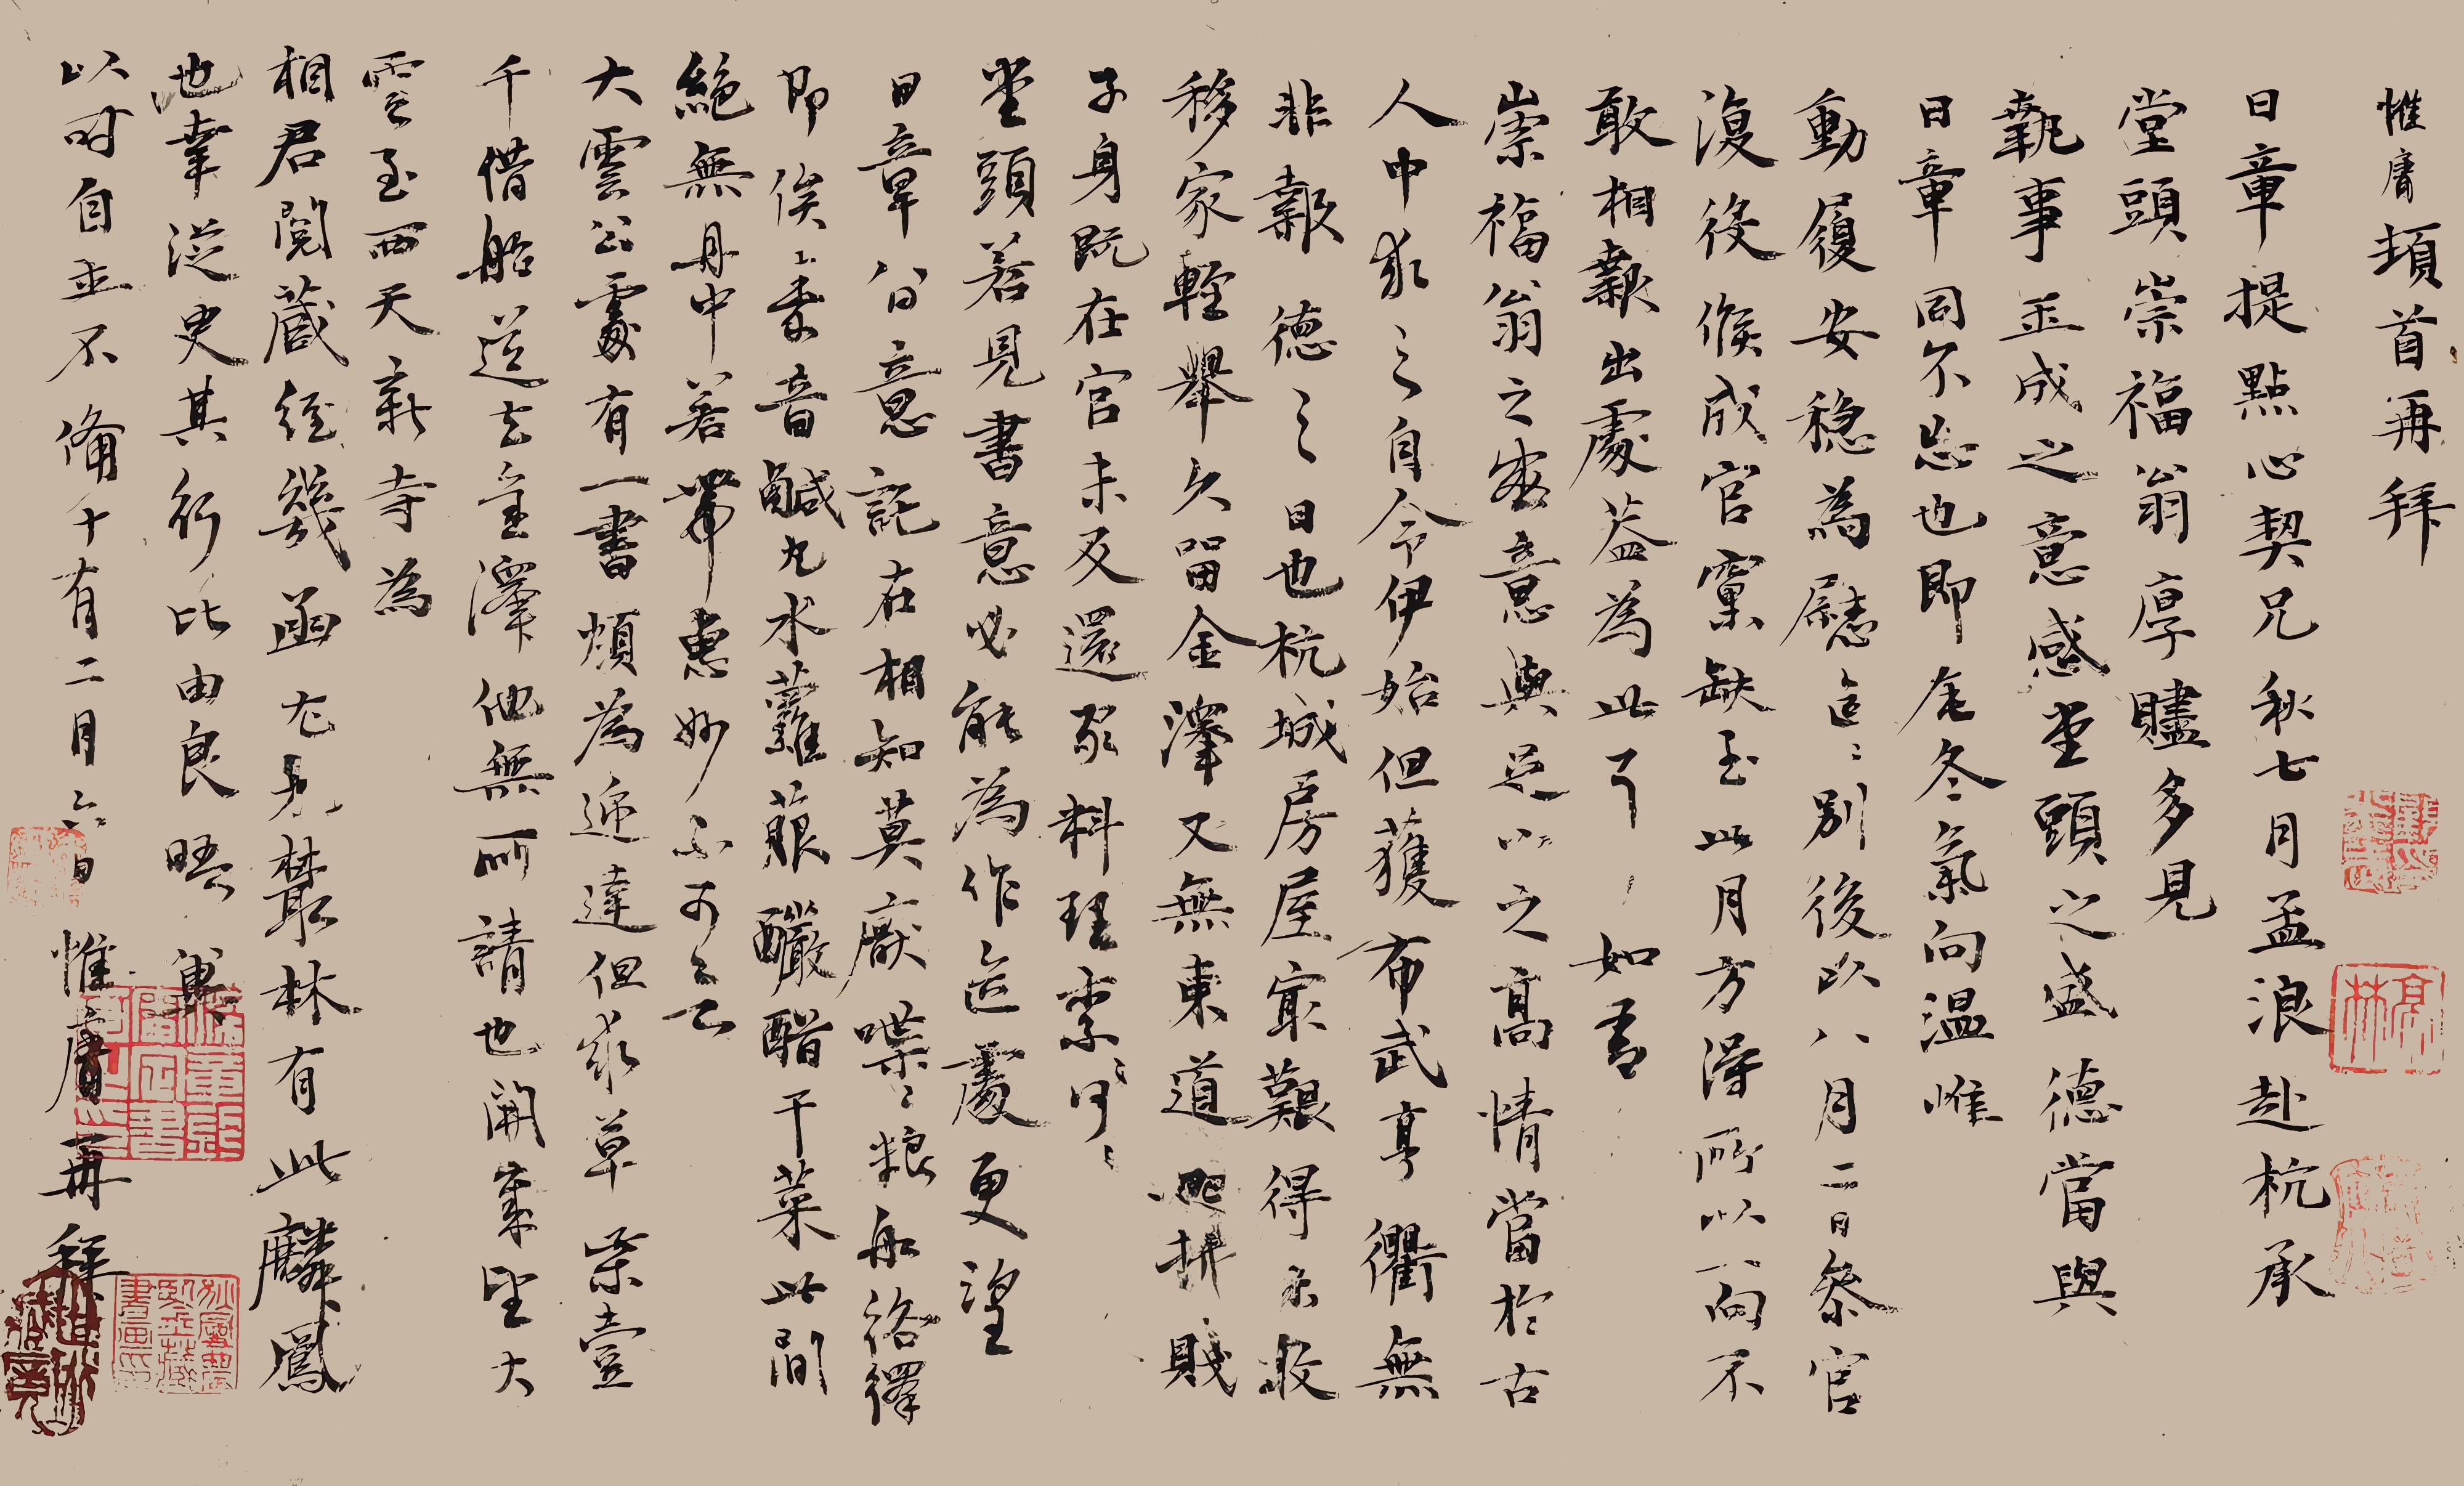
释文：惟庸顿首再拜。日章提点心契兄，秋七月孟浪赴杭，承堂头、崇福翁厚赆多见，执事玉成之意感至，头之盛德当与日章同不忘也。即庉冬气向温，惟动履安稳为慰。区区别后，以八月二日参官复役，侯聀官窠缺，至此月方得，所以一向不敢相报出处，盖由为此耳。如吾崇福翁之盛意，与足下之高情，当于古人中求之。自今伊始，但获布武亨衢，无非报德之日也。杭城房屋冣难得，未敢移家轻举，久留金泽又无东道照拂。贱子身既在官，未及还家料理，奈何，奈何！堂头若见书，意必能为作匠处，更望日章留意，托在相知，莫厌喋喋。粮舡络绎，即俟嘉音。咸丸水萝菔，酽醋干菜，此间绝无，舟中若带惠，妙不可言。大云公处有一书烦为递达。但求草柴壹千，借船送去金泽，他无所请也。开岁望大云至西天新寺，为相君阅藏经几函，尤见丛林有此麟凤也。幸从更其行，比由良晤，异以时，自玉不备。十有二月六日，惟庸再拜。荻曼农鉴藏书画印、顾炎武印、亭林、长揖古人